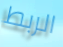
الربط